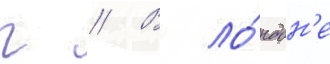
г // В ло́ндон'е